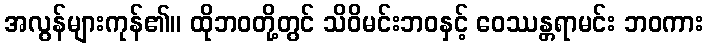
အလွန်များကုန်၏။ ထိုဘဝတို့တွင် သိဝိမင်းဘဝနှင့် ဝေဿန္တရာမင်း ဘဝကား